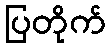
ပြတိုက်